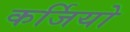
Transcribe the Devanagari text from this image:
कर्जियो